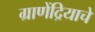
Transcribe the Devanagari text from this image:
ग्राणेंद्रियाचे